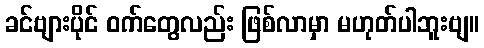
ခင်ဗျားပိုင် ဝက်တွေလည်း ဖြစ်လာမှာ မဟုတ်ပါဘူးဗျ။